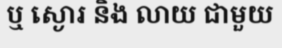
ឬ ស្ងោរ និង លាយ ជាមួយ